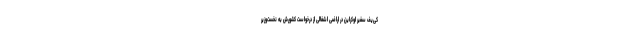
کی‌یف سفیر اوکراین در اراضی اشغالی از درخواست کشورش به نخست‌وزیر